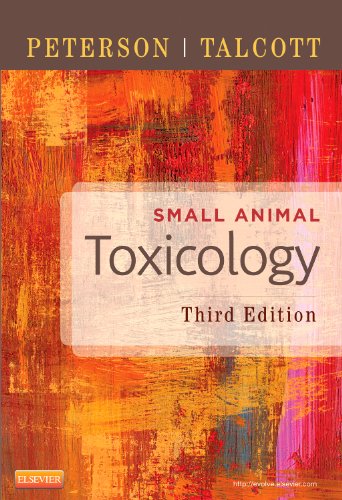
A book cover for Small Animal Toxicology, 3e; Michael E. Peterson DVM  MS; Medical Books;